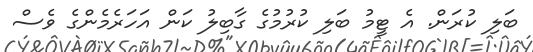
ބަލި ކުރަން. އެ ޓީމު ބަލި ކުރުމުގެ ގާބިލު ކަން އަހަރެމެންގެ ވެސް